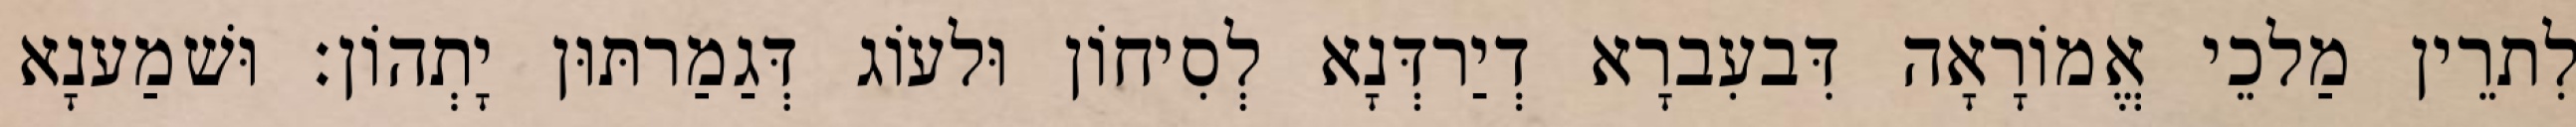
לִתרֵין מַלכֵי אֱמוֹרָאָה דִּבעִברָא דְיַרדְּנָא לְסִיחוֹן וּלעוֹג דְּגַמַרתּוּן יָתְהוֹן׃ וּשׁמַענָא